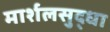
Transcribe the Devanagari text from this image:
मार्शलसुद्धा